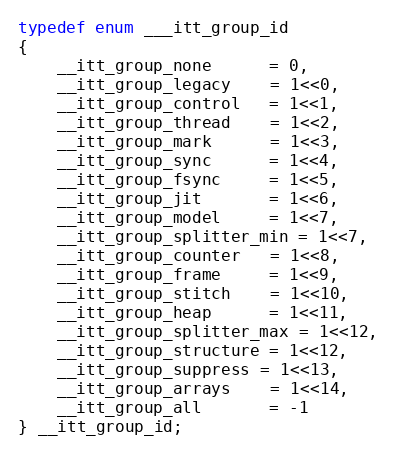
Language: C
typedef enum ___itt_group_id
{
    __itt_group_none      = 0,
    __itt_group_legacy    = 1<<0,
    __itt_group_control   = 1<<1,
    __itt_group_thread    = 1<<2,
    __itt_group_mark      = 1<<3,
    __itt_group_sync      = 1<<4,
    __itt_group_fsync     = 1<<5,
    __itt_group_jit       = 1<<6,
    __itt_group_model     = 1<<7,
    __itt_group_splitter_min = 1<<7,
    __itt_group_counter   = 1<<8,
    __itt_group_frame     = 1<<9,
    __itt_group_stitch    = 1<<10,
    __itt_group_heap      = 1<<11,
    __itt_group_splitter_max = 1<<12,
    __itt_group_structure = 1<<12,
    __itt_group_suppress = 1<<13,
    __itt_group_arrays    = 1<<14,
    __itt_group_all       = -1
} __itt_group_id;